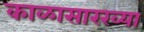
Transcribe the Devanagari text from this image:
काळासारख्या